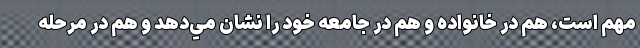
مهم است، هم در خانواده و هم در جامعه خود را نشان مي‌دهد و هم در مرحله